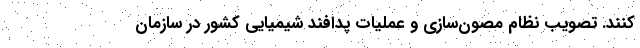
کنند. تصویب نظام مصون‌سازی و عملیات پدافند شیمیایی کشور در سازمان